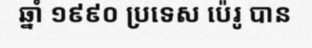
ឆ្នាំ ១៩៩០ ប្រទេស ប៉េរូ បាន